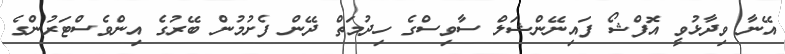
އޭނާ ވިދާޅުވީ އޮފްޝޯ ފައިނޭންޝަލް ސާވިސްގެ ހިދުމަތް ދޭން ފެށުމުން ބޭރުގެ އިންވެސްޓަރުންގެ